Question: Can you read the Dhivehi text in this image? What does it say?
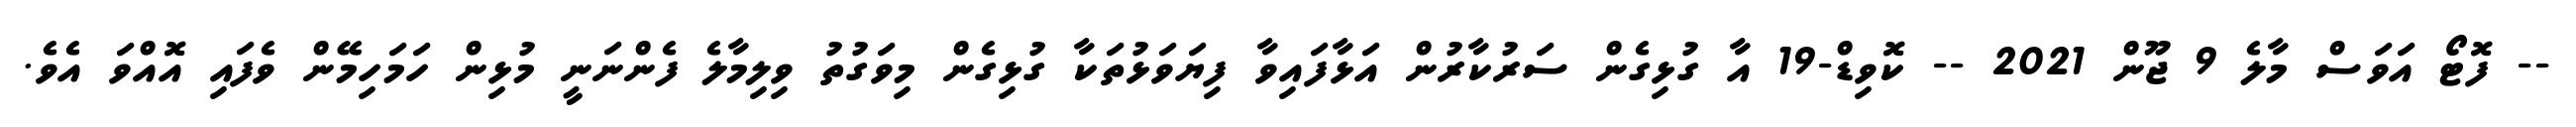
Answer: -- ފޮޓޯ އަވަސް މާލެ 9 ޖޫން 2021 -- ކޮވިޑް-19 އާ ގުޅިގެން ސަރުކާރުން އަޅާފައިވާ ފިޔަވަޅުތަކާ ގުޅިގެން މިވަގުތު ވިލިމާލެ ފެންނަނީ މުޅިން ހަމަހިމޭން ވެފައި އޮއްވަ އެވެ.